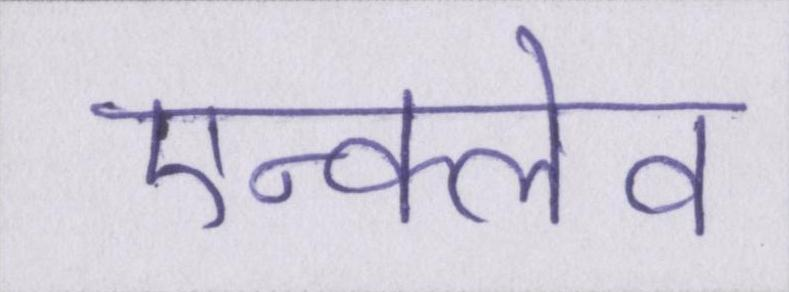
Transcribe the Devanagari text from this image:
एन्क्लेव